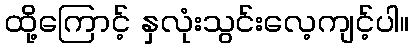
ထို့ကြောင့် နှလုံးသွင်းလေ့ကျင့်ပါ။